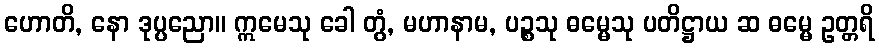
ဟောတိ, နော ဒုပ္ပညော။ ဣမေသု ခေါ တွံ, မဟာနာမ, ပဉ္စသု ဓမ္မေသု ပတိဋ္ဌာယ ဆ ဓမ္မေ ဥတ္တရိ